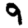
Digit: 9